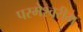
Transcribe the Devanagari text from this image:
परमेश्वरीम्